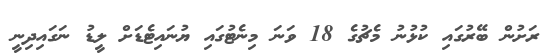
ރަށުން ބޭރުގައި ކުޅުނު މެޗުގެ 18 ވަނަ މިނެޓުގައި ޔުނައިޓެޑަށް ލީޑު ނަގައިދިނީ